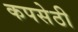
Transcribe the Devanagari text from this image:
कपसेठी